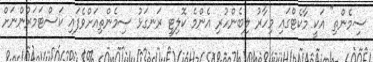
ސިމެންތި" އަކީ މާކެޓްގައި މިހާރު ލިބެންހުރި އެންމެ ކޮލިޓީ ރަނގަޅު ސިމެންތިއަށްވެފައި ކަސްޓަމަރުންނަށް